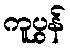
ကူပွန်